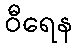
ဝီရေန